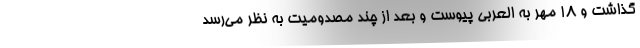
گذاشت و 18 مهر به العربی پیوست و بعد از چند مصدومیت به نظر می‌رسد